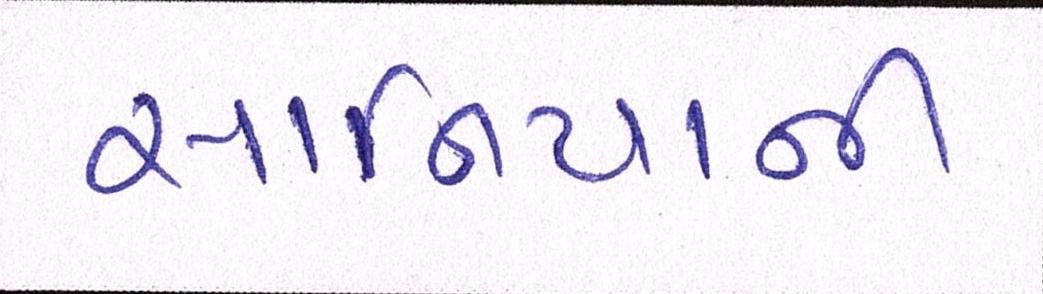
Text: સાનિયાની